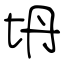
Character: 坍